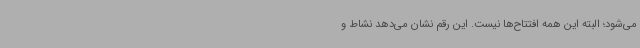
می‌شود؛ البته این همه افتتاح‌ها نیست. این رقم نشان می‌دهد نشاط و